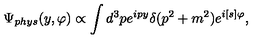
\Psi _ { p h y s } ( y , \varphi ) \propto \int d ^ { 3 } p e ^ { i p y } \delta ( p ^ { 2 } + m ^ { 2 } ) e ^ { i [ s ] \varphi } ,